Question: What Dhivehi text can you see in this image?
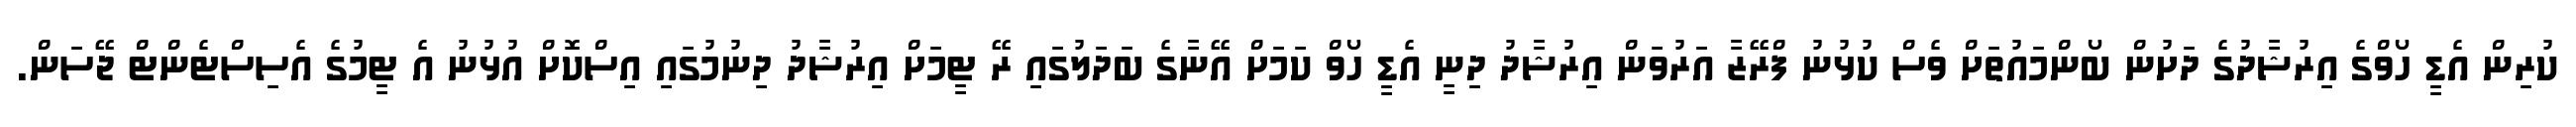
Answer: ކުރިން އެޑީ ހޯވްގެ އިރުޝާދުގެ ދަށުން ބޯންމައުތަށް ވެސް ކުޅުނު ފްރޭޒާ އަރުވަން އިރުޝާދު ދިނީ އެޑީ ހޯވް ކަމަށް އޭނާގެ ބަދަލުގައި ރޭ ޓީމަށް އިރުޝާދު ދިނުމުގައި އިސްކޮށް އުޅުނު އެ ޓީމުގެ އެސިސްޓެންޓް ޖޭސަން.